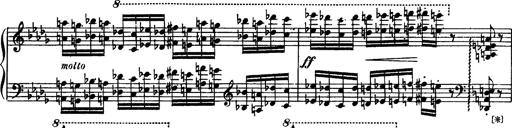
Title: Paraphrase de concert sur Rigoletto
Composer: Franz Liszt